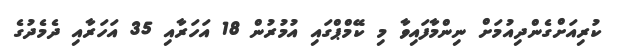
ކުރިއަށްގެންދިއުމަށް ނިންމާފައިވާ މި ކޭމްޕްގައި އުމުރުން 18 އަހަރާއި 35 އަހަރާއި ދެމެދުގެ